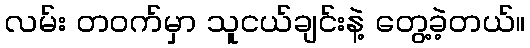
လမ်း တဝက်မှာ သူငယ်ချင်းနဲ့ တွေ့ခဲ့တယ်။